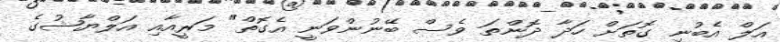
އަލް އެބުނި ގޮތަށް ހަދާ ދޮންތަ ވެސް ބޭނުންވަނީ އެގޮތް" މަރީއާއި އަލްޔާޝުގެ